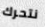
نتحرك